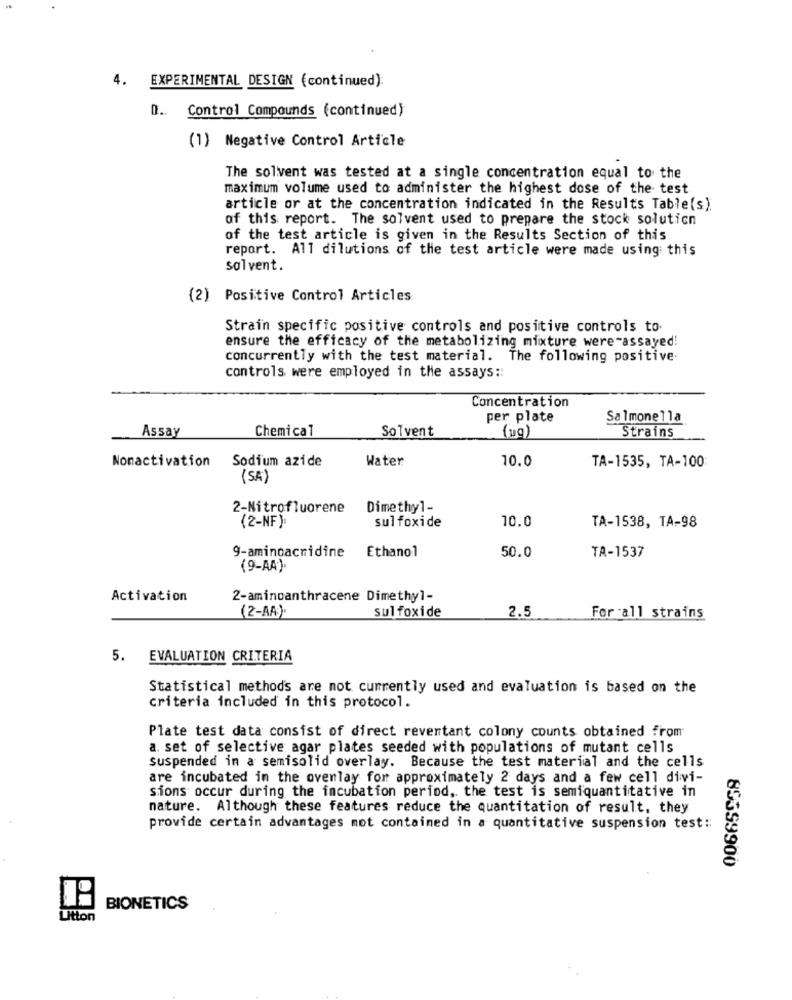
4. EXPERIMENTAL DESIGN (continued):
O .. Control Compounds (continued)
(1) Negative Control Article
The solvent was tested at a single concentration equal to the
maximum volume used to administer the highest dose of the test
article or at the concentration indicated in the Results Table(s)
of this report. The solvent used to prepare the stock solution
of the test article is given in the Results Section of this
report. All dilutions of the test article were made using this
solvent.
(2) Positive Control Articles
Strain specific positive controls and positive controls to.
ensure the efficacy of the metabolizing mixture were -assayed!
concurrently with the test material. The following positive
controls were employed in the assays ::
Concentration
per plate
Salmonella
Assay
Chemical
Solvent
(ug)
Strains
Nonactivation Sodium azide
Water
10.0
TA-1535, TA-100
(SA)
2-Nitrofluorene
Dimethyl-
(2-NF):
sulfoxide
10.0
TA-1538, TA-98
Ethanol
50.0
9-aminoacridine
TA-1537
(9-AA).
Activation
2-aminoanthracene Dimethyl-
(2-AA).
sul foxide
2.5
For all strains
5. EVALUATION CRITERIA
Statistical methods are not currently used and evaluation is based on the
criteria included in this protocol.
Plate test data consist of direct revertant colony counts obtained from
a. set of selective agar plates seeded with populations of mutant cells
suspended in a semisolid overlay. Because the test material and the cells
are incubated in the ovenlay for approximately 2 days and a few cell divi-
sions occur during the incubation period, the test is semiquantitative in
nature. Although these features reduce the quantitation of result, they
provide certain advantages mot contained in a quantitative suspension test ::
85359900
BIONETICS
Litton